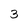
Character: 3